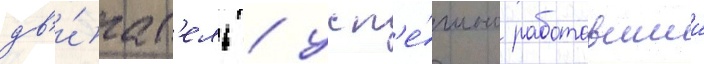
дв'и́гат'ель / усп'е́шно работавшии